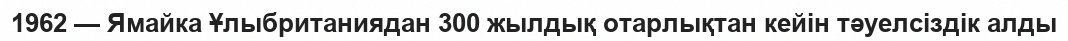
1962 — Ямайка Ұлыбританиядан 300 жылдық отарлықтан кейін тәуелсіздік алды